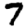
Digit: 7